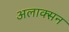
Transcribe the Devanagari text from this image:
अलाक्सन